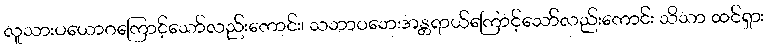
လူသားပယောဂကြောင့်သော်လည်းကောင်း၊ သဘာဝဘေးအန္တရာယ်ကြောင့်သော်လည်းကောင်း သိသာ ထင်ရှား